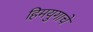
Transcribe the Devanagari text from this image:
हिमयुगाचे